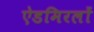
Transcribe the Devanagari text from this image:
ऐडमिरलों